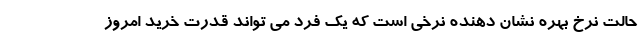
حالت نرخ بهره نشان دهنده نرخی است که یک فرد می تواند قدرت خرید امروز